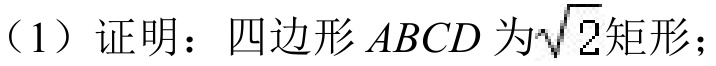
（1）证明：四边形\(ABCD\)为\(\sqrt{2}\)矩形；